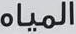
المياه